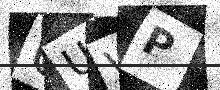
Text: UUWP